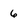
Character: 6